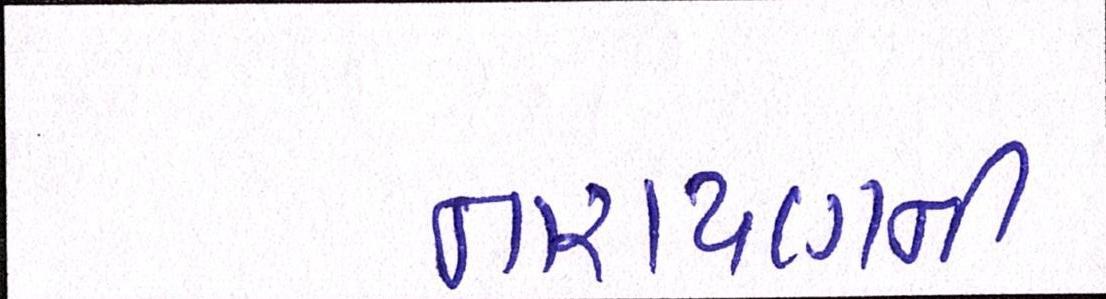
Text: નારાયણની